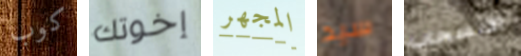
كوب إخوتك المجهر سيد الانسحاب